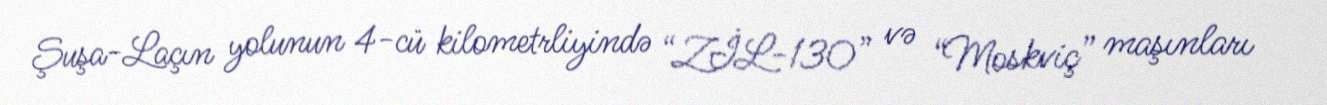
Şuşa-Laçın yolunun 4-cü kilometrliyində “ZİL-130” və “Moskviç” maşınları